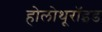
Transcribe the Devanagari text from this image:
होलोथूरॉइड